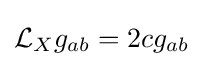
{\mathcal {L}}_{X}g_{ab}=2cg_{ab}